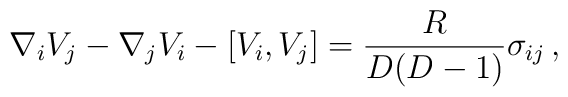
\nabla_{i}V_{j}-\nabla_{j}V_{i}-[V_{i},V_{j}]     =\frac{R}{D(D-1)}\sigma_{ij}\, ,